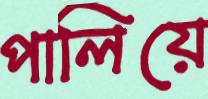
পালিয়ে